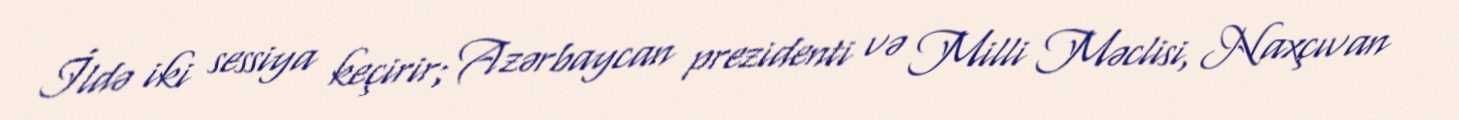
İldə iki sessiya keçirir; Azərbaycan prezidenti və Milli Məclisi, Naxçıvan